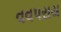
વવપરાય